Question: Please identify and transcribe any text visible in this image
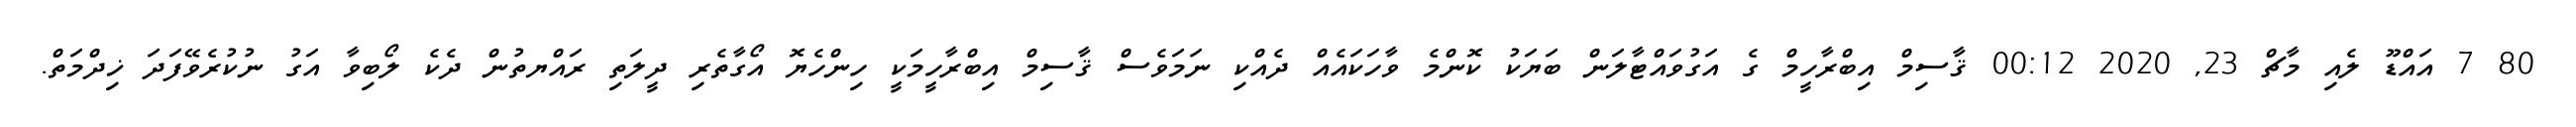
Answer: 80 7 އައްޑޫ ލެއި މާޗް 23, 2020 00:12 ޤާސިމް އިބްރާހީމް ގެ އަގުވައްޓާލަން ބަޔަކު ކޮންމެ ވާހަކައެއް ދެއްކި ނަމަވެސް ޤާސިމް އިބްރާހީމަކީ ހިންހެޔޮ އޯގާތެރި ދީލަތި ރައްޔތުން ދެކެ ލޯބިވާ އަގު ނުކުރެވޭފަދަ ޚިދްމަތް.